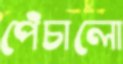
পেঁচালো